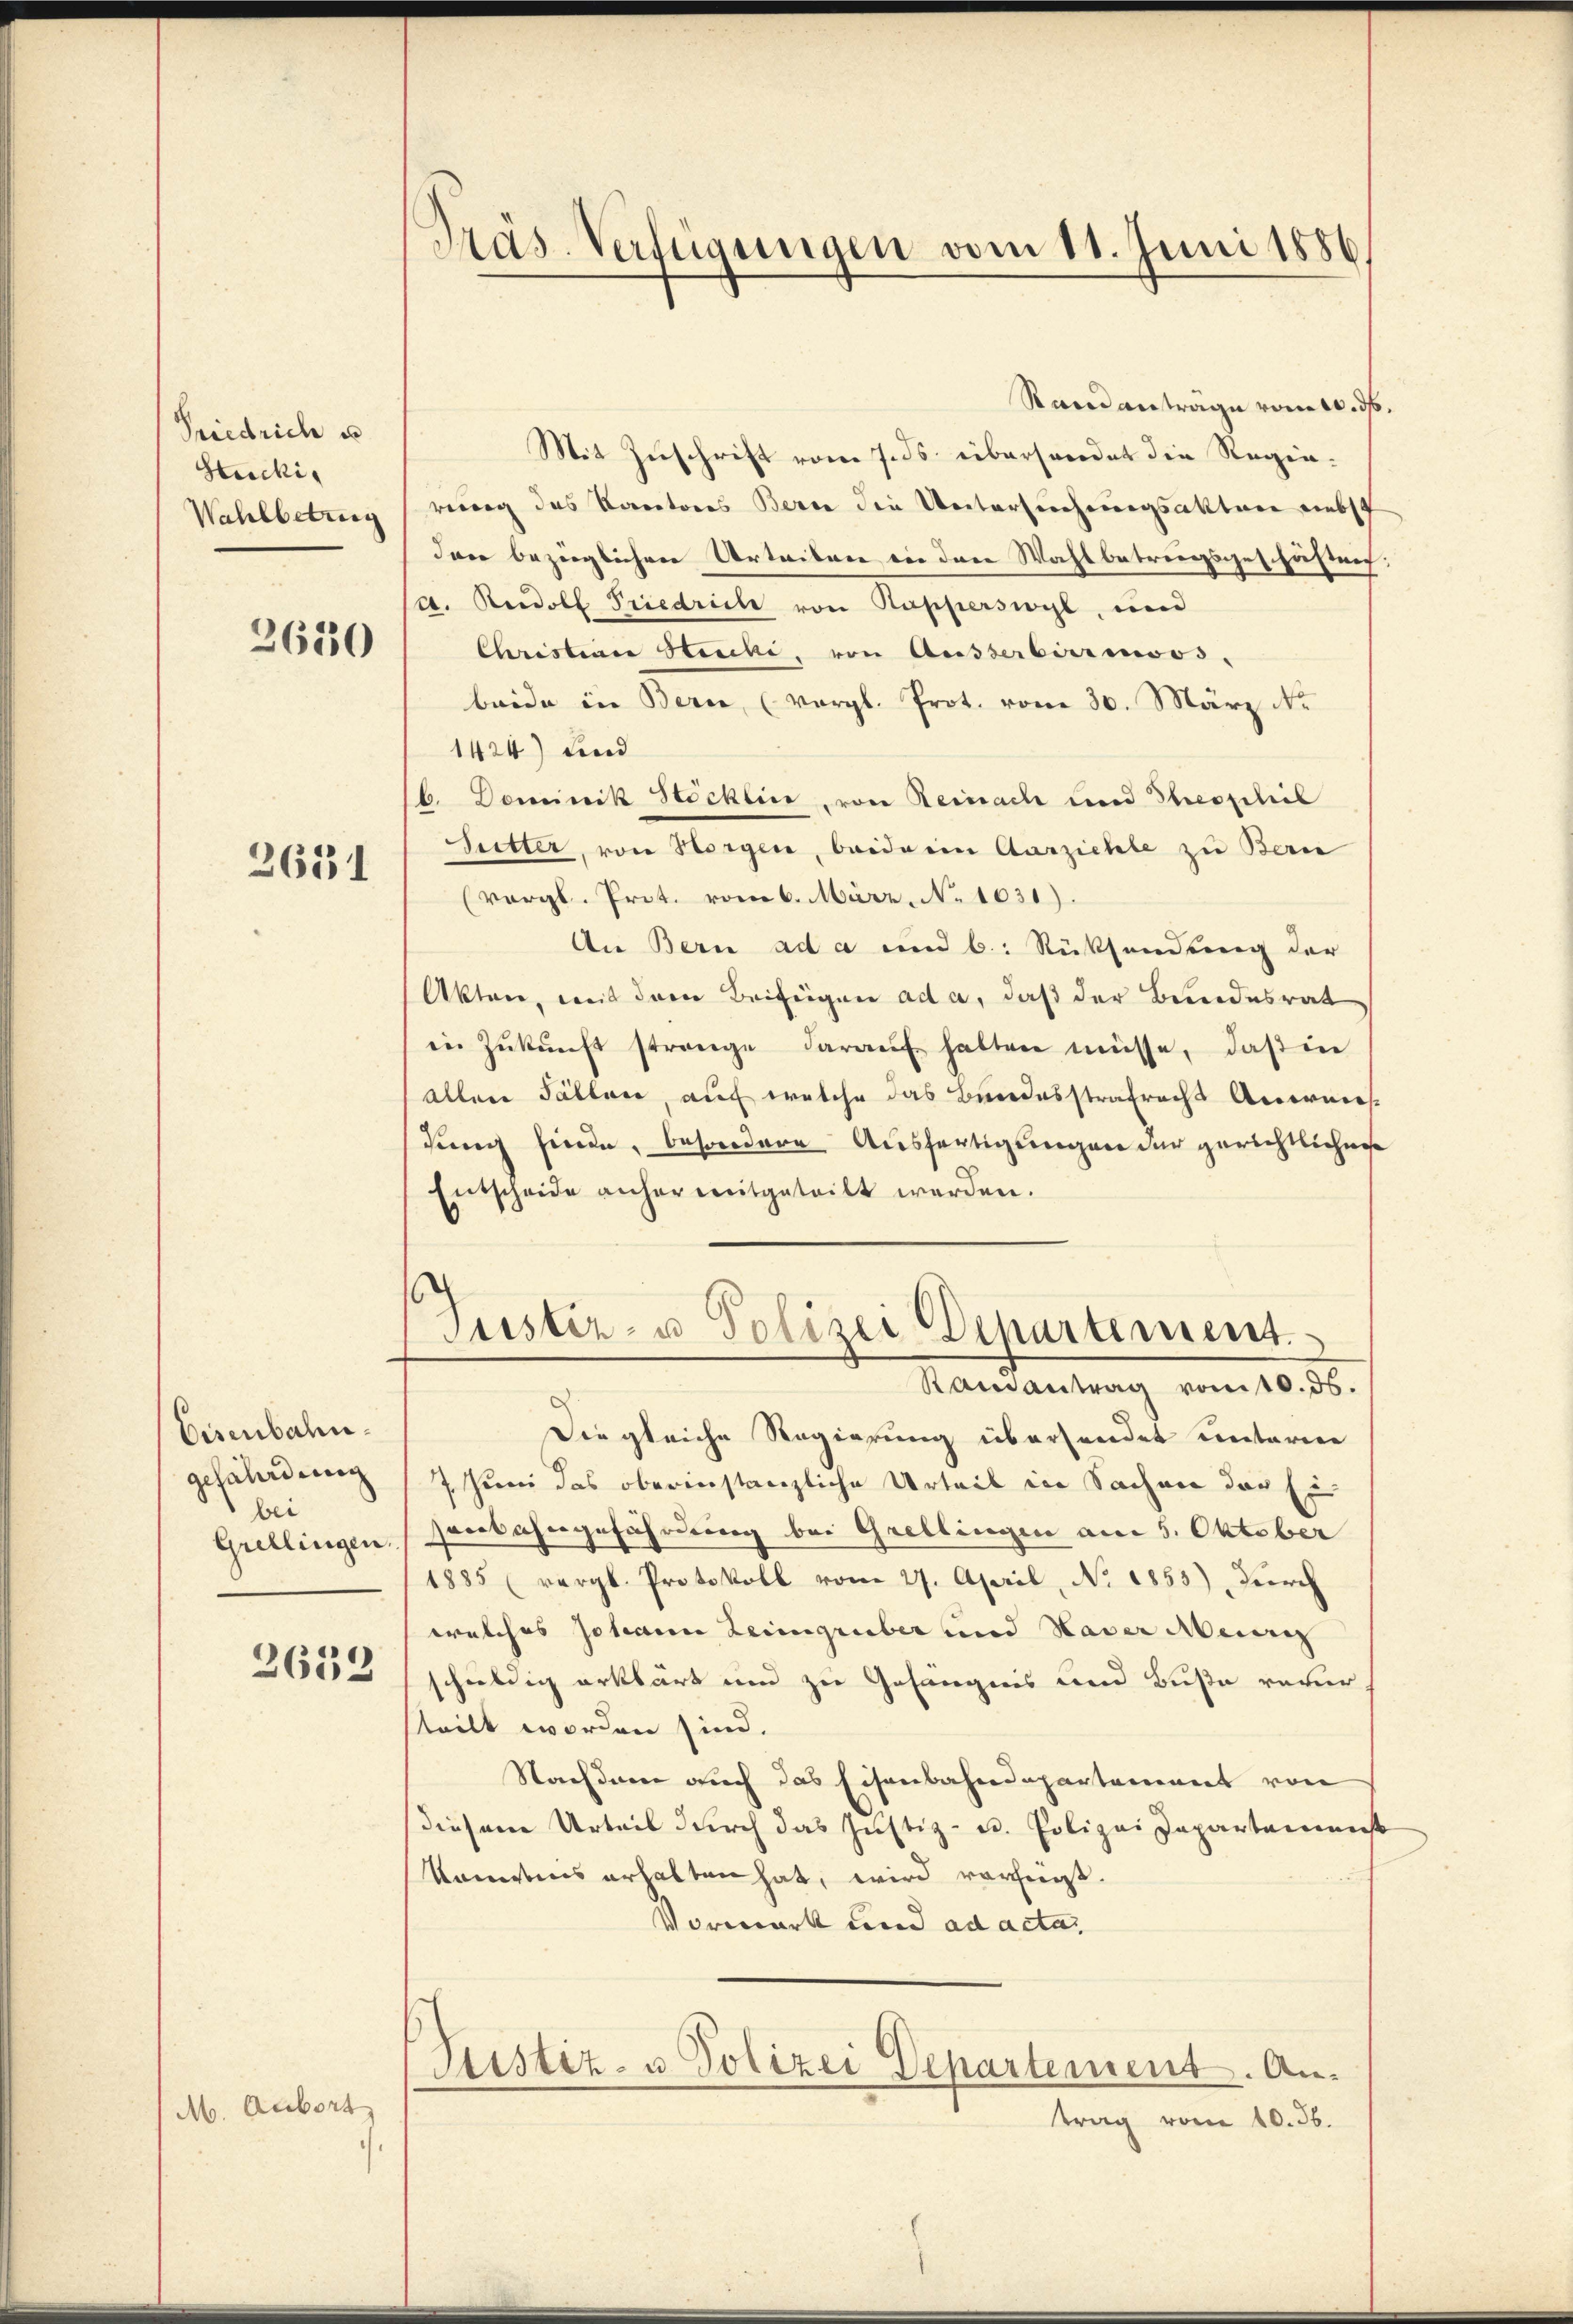
Friedrich u
Stucki,
Wahlbetrug
3630

2631

Eisenbahngefährdung
bei
Grellingen.

2632

M. Aubort

Präs. Verfügungen vom 11. Juni 1886,

Randantrage vom 10. ds.
Mit Zuschrift vom 7. ds. überhandet die Regierung des Korectores Berne die Untersuchungsaktere nebst
dann bezüglichen Urteilen in den Wahlbetrungsges. Häftref
A. Rudolf Friedrich von Rupperswyl, und
Christinen Stecke, von Ausserbermoos,
beide in Bern, (vergl. Prot. vom 30. März No
1424) und
b. Dominik Stöcklin, von Reinach und Theopelieb
Sutter, von Horgen, beide ein Aarziehle zu Bern
(vergl. Prot. vom 6. März. No 1031).
An Bern ad a und b. Rücksendung der
Akten, mit dem Beifügen ad a, daß der Bundesrat
in Zŭkŭnft strenge daraŭf habten müsse, daβ in
allen Fällen, auf welche das Bundesstrafrecht Accornes
jung finde, besondere Ausfertigungen der gerichtlichen
Entscheide anher mitgeteilt werden.
Justiz- u Polizei Departement.
Ramantrag vom 10. ds.
Der gleiche Regierung übersendet unterne
7 Juni das oberinstanzliche Urteil in Sachen der E
sort angefährung bei Grellingen am 5. Oktober
1885 (vergl. Protokoll vom 27. April, No. 1853), durch
welches Johann Leingruber und Nader Meinung
schuldig erklärt und zu Gefängnis und Buße verur
teilt worden sind.
Nachdem auch das Eisenbahndepartement von
diesem Urteil durch das Justiz- u. Polizei Departemenst
kanntnis erhalten hat, wird vorzugt.
Vorwart und ad acta,
Ristiz- u. Polizei Departement. Antrag vom 10. 36.